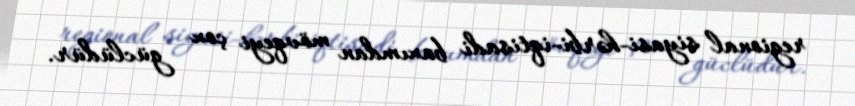
regional siyasi-hərbi-iqtisadi baxımdan mövqeyi çox güclüdür.